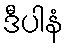
ဒီပါနံ